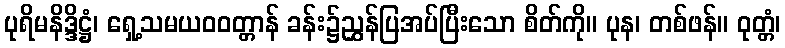
ပုရိမနိဒ္ဒိဋ္ဌံ၊ ရှေ့သမယဝဝတ္တာန် ခန်း၌ညွှန်ပြအပ်ပြီးသော စိတ်ကို။ ပုန၊ တစ်ဖန်။ ဝုတ္တံ၊